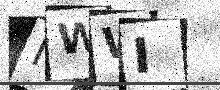
Text: NWWI